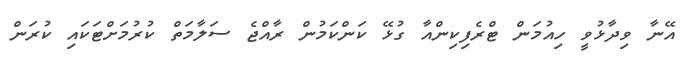
އޭނާ ވިދާޅުވީ ހިއުމަން ޓްރެފިކިންއާ ގުޅޭ ކަންކަމުން ރާއްޖެ ސަލާމަތް ކުރުމަށްޓަކައި ކުރަން